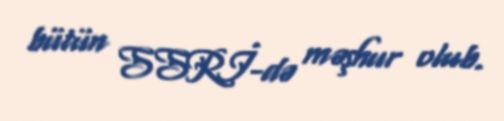
bütün SSRİ-də məşhur olub.